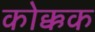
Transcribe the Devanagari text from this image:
कोक्कक